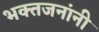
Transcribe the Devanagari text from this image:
भक्तजनांनी